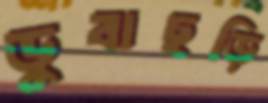
ডুবাছড়ি